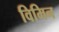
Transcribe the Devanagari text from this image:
विमिन